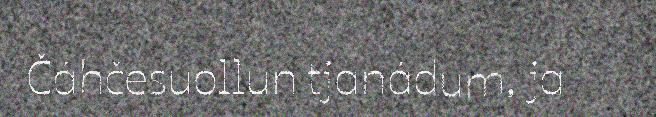
Čáhčesuollun tjanádum, ja